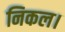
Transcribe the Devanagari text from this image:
निकल।